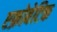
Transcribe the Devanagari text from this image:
एक्रोबेटिक